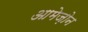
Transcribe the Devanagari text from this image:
आमेज़ोन